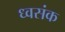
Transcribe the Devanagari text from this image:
ध्वसंक